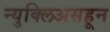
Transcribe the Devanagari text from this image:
न्युक्लिअसहून